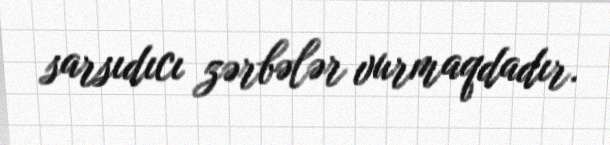
sarsıdıcı zərbələr vurmaqdadır.